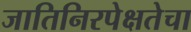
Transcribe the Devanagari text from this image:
जातिनिरपेक्षतेचा